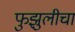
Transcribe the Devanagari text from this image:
फुझुलीचा